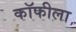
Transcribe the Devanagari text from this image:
कॉफीला